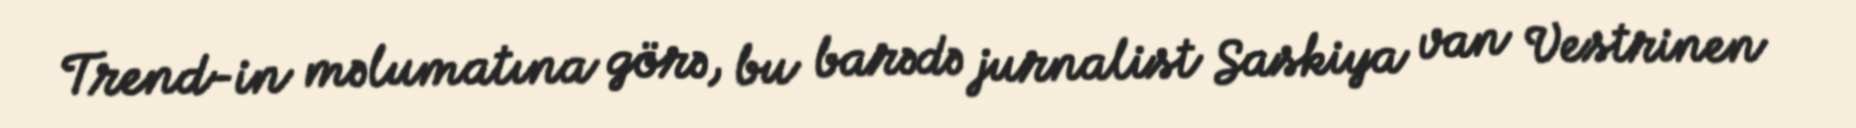
Trend-in məlumatına görə, bu barədə jurnalist Saskiya van Vestrinen